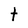
Character: t